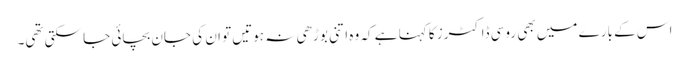
اس کے بارے میں بھی روسی ڈاکٹرز کا کہنا ہے کہ وہ اتنی بوڑھی نہ ہوتیں تو ان کی جان بچائی جا سکتی تھی۔